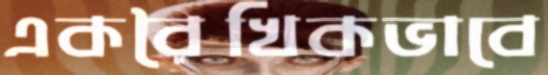
একরৈখিকভাবে